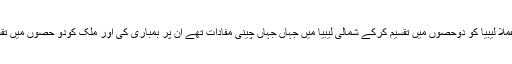
انہوں نے عملا لیبیا کو دوحصوں میں تقسیم کرکے شمالی لیبیا میں جہاں جہاں چینی مفادات تھے ان پر بمباری کی اور ملک کودو حصوں میں تقسیم کر دیا ۔